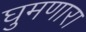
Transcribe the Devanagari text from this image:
घुमणारा